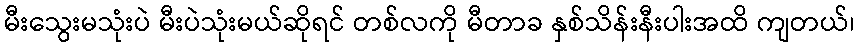
မီးသွေးမသုံးပဲ မီးပဲသုံးမယ်ဆိုရင် တစ်လကို မီတာခ နှစ်သိန်းနီးပါးအထိ ကျတယ်၊